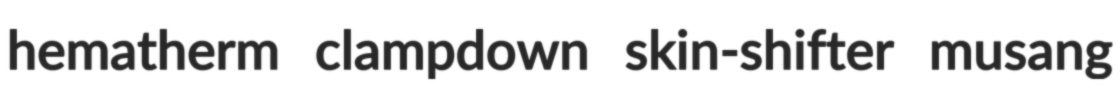
hematherm clampdown skin-shifter musang